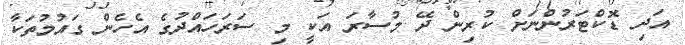
އަދި ޑޮކްޓަރުންނަށް ކުރިން ދޭ މުސާރަ އަކީ މި ސަރަހައްދުގެ އެހެން ގައުމުތަކާ